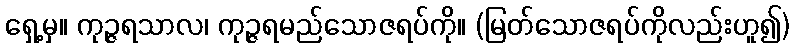
ရှေ့မှ။ ကုဉ္ဇရသာလ၊ ကုဉ္ဇရမည်သောဇရပ်ကို။ (မြတ်သောဇရပ်ကိုလည်းဟူ၍)